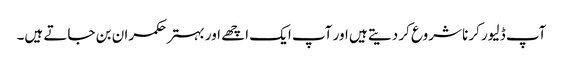
آپ ڈلیور کرنا شروع کر دیتے ہیں اور آپ ایک اچھے اور بہتر حکمران بن جاتے ہیں۔